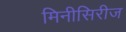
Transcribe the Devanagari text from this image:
मिनीसिरीज